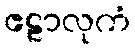
ဧဠာလုကံ